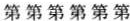
第 第 第 第 第 第